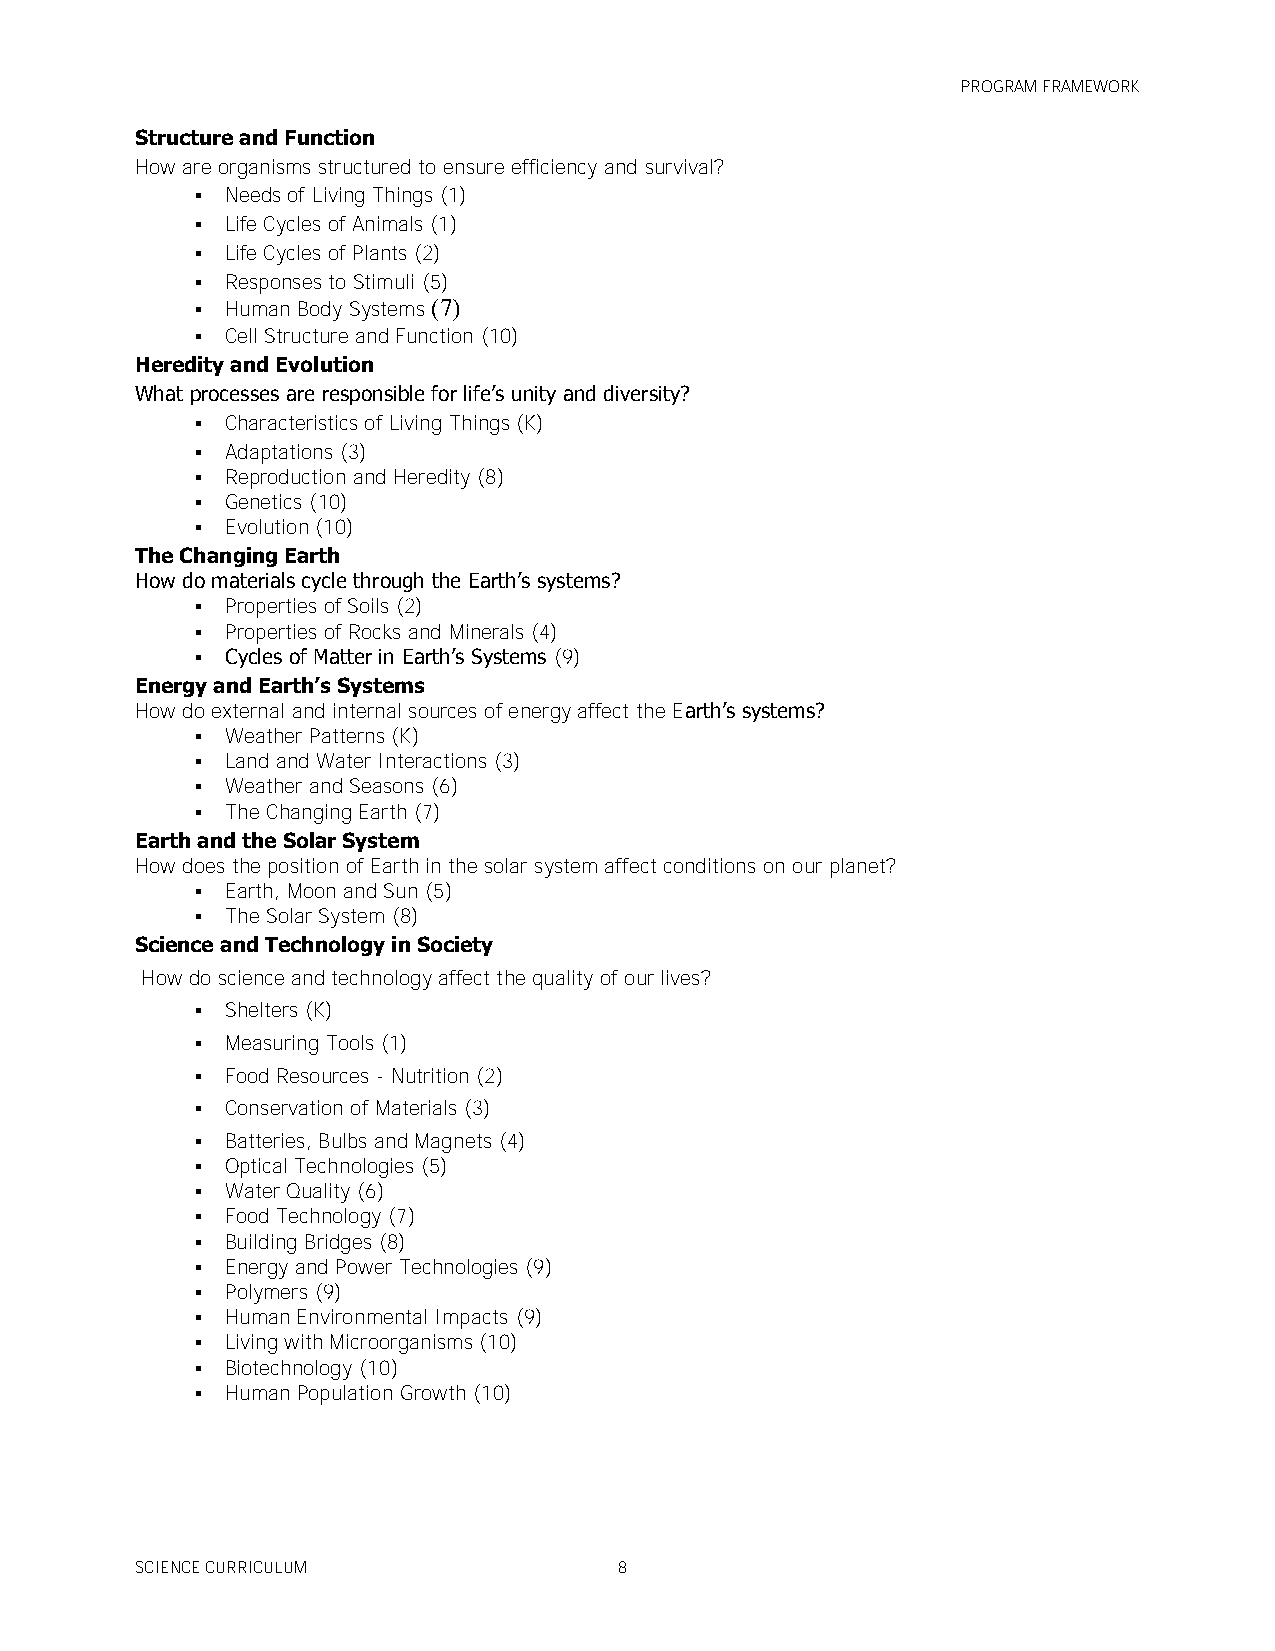
PROGRAM FRAMEWORK
 Structure and Function
 How are organisms structured to ensure efficiency and survival?
  Needs of Living Things (1)
  Life Cycles of Animals (1)
  Life Cycles of Plants (2)
  Responses to Stimuli (5)
  Human Body Systems (7)
  Cell Structure and Function (10)
 Heredity and Evolution
 What processes are responsible for life’s unity and diversity?
  Characteristics of Living Things (K)
  Adaptations (3)
  Reproduction and Heredity (8)
  Genetics (10)
  Evolution (10)
 The Changing Earth
 How do materials cycle through the Earth’s systems?
  Properties of Soils (2)
  Properties of Rocks and Minerals (4)
  Cycles of Matter in Earth’s Systems (9)
 Energy and Earth’s Systems
 How do external and internal sources of energy affect the Earth’s systems?
  Weather Patterns (K)
  Land and Water Interactions (3)
  Weather and Seasons (6)
  The Changing Earth (7)
 Earth and the Solar System
 How does the position of Earth in the solar system affect conditions on our planet?
  Earth, Moon and Sun (5)
  The Solar System (8)
 Science and Technology in Society
 How do science and technology affect the quality of our lives?
  Shelters (K)
  Measuring Tools (1)
  Food Resources - Nutrition (2)
  Conservation of Materials (3)
  Batteries, Bulbs and Magnets (4)
  Optical Technologies (5)
  Water Quality (6)
  Food Technology (7)
  Building Bridges (8)
  Energy and Power Technologies (9)
  Polymers (9)
  Human Environmental Impacts (9)
  Living with Microorganisms (10)
  Biotechnology (10)
  Human Population Growth (10)
 SCIENCE CURRICULUM              8